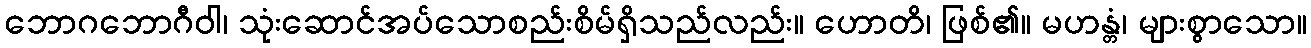
ဘောဂဘောဂီဝါ၊ သုံးဆောင်အပ်သောစည်းစိမ်ရှိသည်လည်း။ ဟောတိ၊ ဖြစ်၏။ မဟန္တံ၊ များစွာသော။